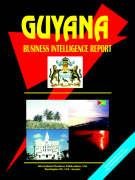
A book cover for Guyana Business Intelligence Report Volume Strtegic Information and Opportunities; Ibp Usa; Travel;